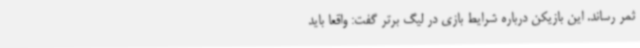
ثمر رساند. این بازیکن درباره شرایط بازی در لیگ برتر گفت: واقعا باید